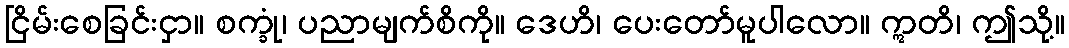
ငြိမ်းစေခြင်းငှာ။ စက္ခုံ၊ ပညာမျက်စိကို။ ဒေဟိ၊ ပေးတော်မူပါလော။ ဣတိ၊ ဤသို့။